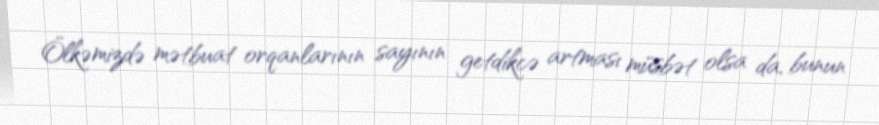
Ölkəmizdə mətbuat orqanlarının sayının getdikcə artması müsbət olsa da, bunun